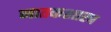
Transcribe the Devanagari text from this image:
जातकशास्त्र